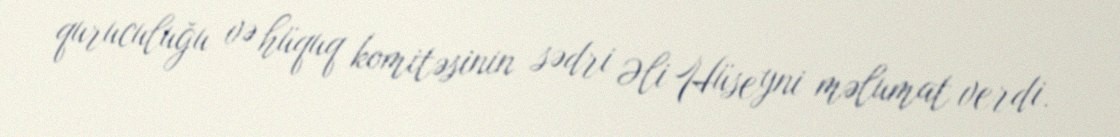
quruculuğu və hüquq komitəsinin sədri Əli Hüseyni məlumat verdi.